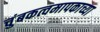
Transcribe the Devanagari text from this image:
चुंबकत्वमापकाच्या